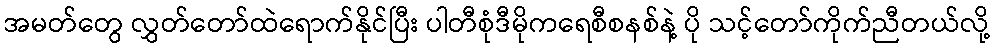
အမတ်တွေ လွှတ်တော်ထဲရောက်နိုင်ပြီး ပါတီစုံဒီမိုကရေစီစနစ်နဲ့ ပို သင့်တော်ကိုက်ညီတယ်လို့